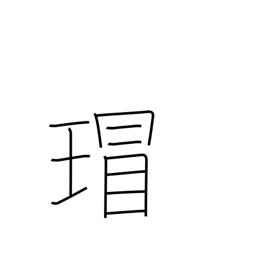
Meaning: ancient Chinese imperial jewels